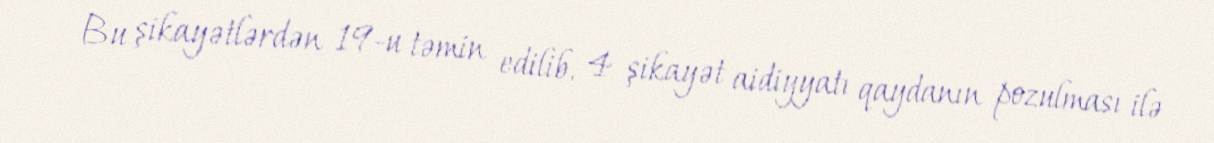
Bu şikayətlərdən 19-u təmin edilib, 4 şikayət aidiyyatı qaydanın pozulması ilə